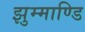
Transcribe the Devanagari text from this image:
झुम्माण्डि